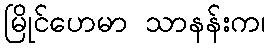
မြိုင်ဟေမာ သာနန်းက၊